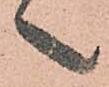
之